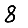
Digit: 8